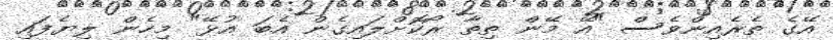
އޭގެ ތެރެއިންވެސް "އޭ މޭން ތިތާ ރޯކޮށްލައިގެން އެބަ އުޅޭ" މިހެން ލިޔެފައި